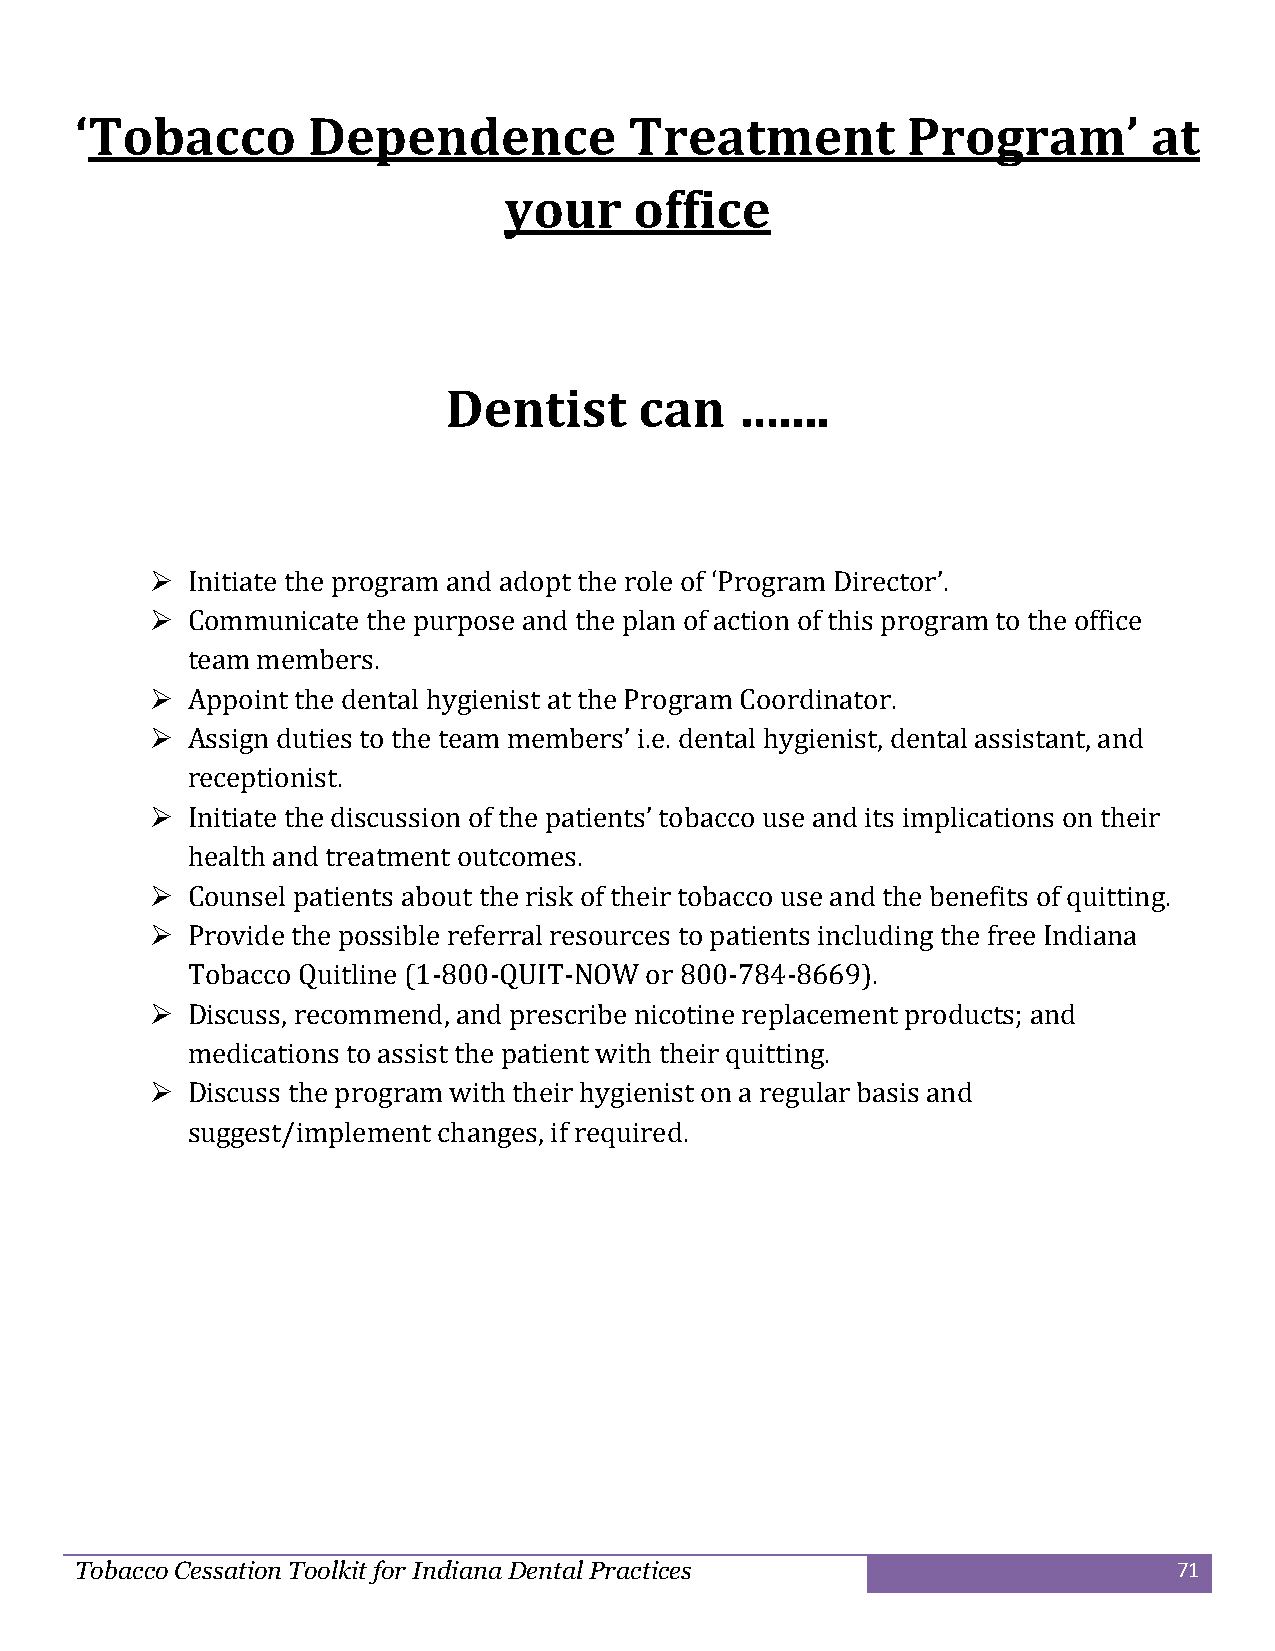
‘Tobacco       Dependence            Treatment         Program’        at
 your     office
 Dentist      can    …....
  Initiate the program and adopt the role of ‘Program Director’.
  Communicate the purpose and the plan of action of this program to the office
 team members.
  Appoint the dental hygienist at the Program Coordinator.
  Assign duties to the team members’ i.e. dental hygienist, dental assistant, and
 receptionist.
  Initiate the discussion of the patients’ tobacco use and its implications on their
 health and treatment outcomes.
  Counsel patients about the risk of their tobacco use and the benefits of quitting.
  Provide the possible referral resources to patients including the free Indiana
 Tobacco Quitline (1-800-QUIT-NOW or 800-784-8669).
  Discuss, recommend, and prescribe nicotine replacement products; and
 medications to assist the patient with their quitting.
  Discuss the program with their hygienist on a regular basis and
 suggest/implement changes, if required.
 Tobacco Cessation Toolkit for Indiana Dental Practices                   71